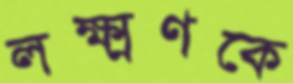
লক্ষ্মণকে